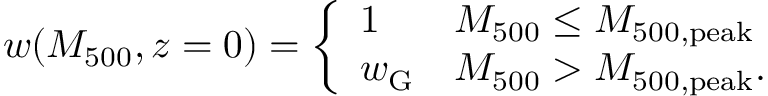
w ( M _ { 5 0 0 } , z = 0 ) = \left\{ \begin{array} { l l } { 1 } & { M _ { 5 0 0 } \leq M _ { 5 0 0 , \mathrm { p e a k } } } \\ { w _ { \mathrm { G } } } & { M _ { 5 0 0 } > M _ { 5 0 0 , \mathrm { p e a k } } . } \end{array} \right.